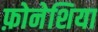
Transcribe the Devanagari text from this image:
फ़ोनेशिया